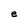
Character: e